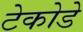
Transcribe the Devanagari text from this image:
टेकोडे